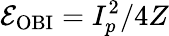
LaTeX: \mathcal{E}_{\mathrm{{OBI}}}=I_{p}^{2}/4Z